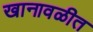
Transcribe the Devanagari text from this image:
खानावळीत